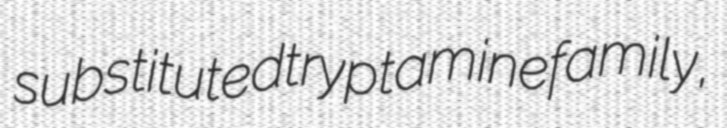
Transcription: substituted tryptamine family,